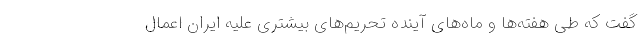
گفت که طی هفته‌ها و ماه‌های آینده تحریم‌های بیشتری علیه ایران اعمال